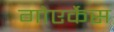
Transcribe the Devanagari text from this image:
गोएर्केस